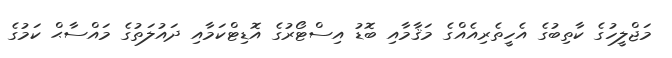
މަޖްލީހުގެ ކާތިބުގެ އެހީތެރިއެއްގެ މަޤާމާއި ބޮޑު އިސްޓޯރުގެ އޮޑިޓްކަމާއި ދައުލަތުގެ މައްސާޙް ކަމުގެ